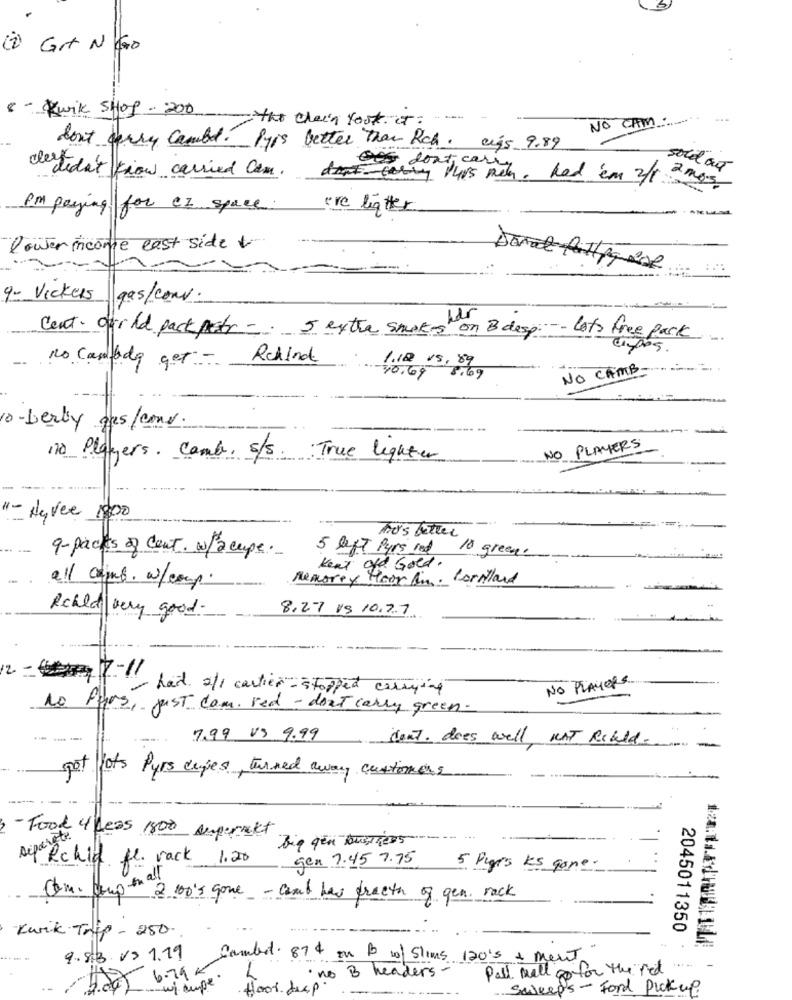
i) Git Não
. .
8 - Kwik SHOP - 200
- the clean tost. IT :
NO CAM .:.....
don't worry combed. Pyis better than Rch, cigs 9.89
derdidn't know carried Com.
sold out
Ges donti carry hed em 3/1.
2 mes
PM paying for CI space:
're ligtter
louter income east side
Darat ATTpaese
9- Vickers gas/com.
cent. cold pack petr -. 5 extra smokes on B desp :-- lots free pack
--
1.12 15, 89
no Casada get :-
Rekind
NO CAMB.
-10.69 8,69
10-berly ges/cons.
170 Players. Comb, s/s.
NO PLAYERS
: True lighter
"- Hyvee 1800
To's better
9- packs of cent. w/2 cupe.
5 Saft Purs red 10 green.
Kent old Gold .,
Memorey Hoor fin. Corriland
all caps. w/comp.
Rchld very good.
8,27 19 10.7.7
12 - 7-11
NO PLAYERS
- had. 2/1 cartier - stopped carrying
No Purs, just com. red - dont carry green.
7.99 VS 9.99
don't. does well MAT Rchld.
not hots Purs capes, turned away customers
Food 4 Less 1800 Augernett
Big gen business-
gen 7.45 7.75
ifa Richla fe. rack 1.20
5 Pages ks gone.
Com. Coupon 2 100's Gone - cant has freeth of gen. rack
Karik Trip - 250.
2045011350
q.83V5. 1.19
Combot. 874 on B 10/ Slims 120's & ment
5.005 6.795
Pall mall go for the red ....
w/ ape.
, no B headers
food deep.
Salved's- Ford Pickup